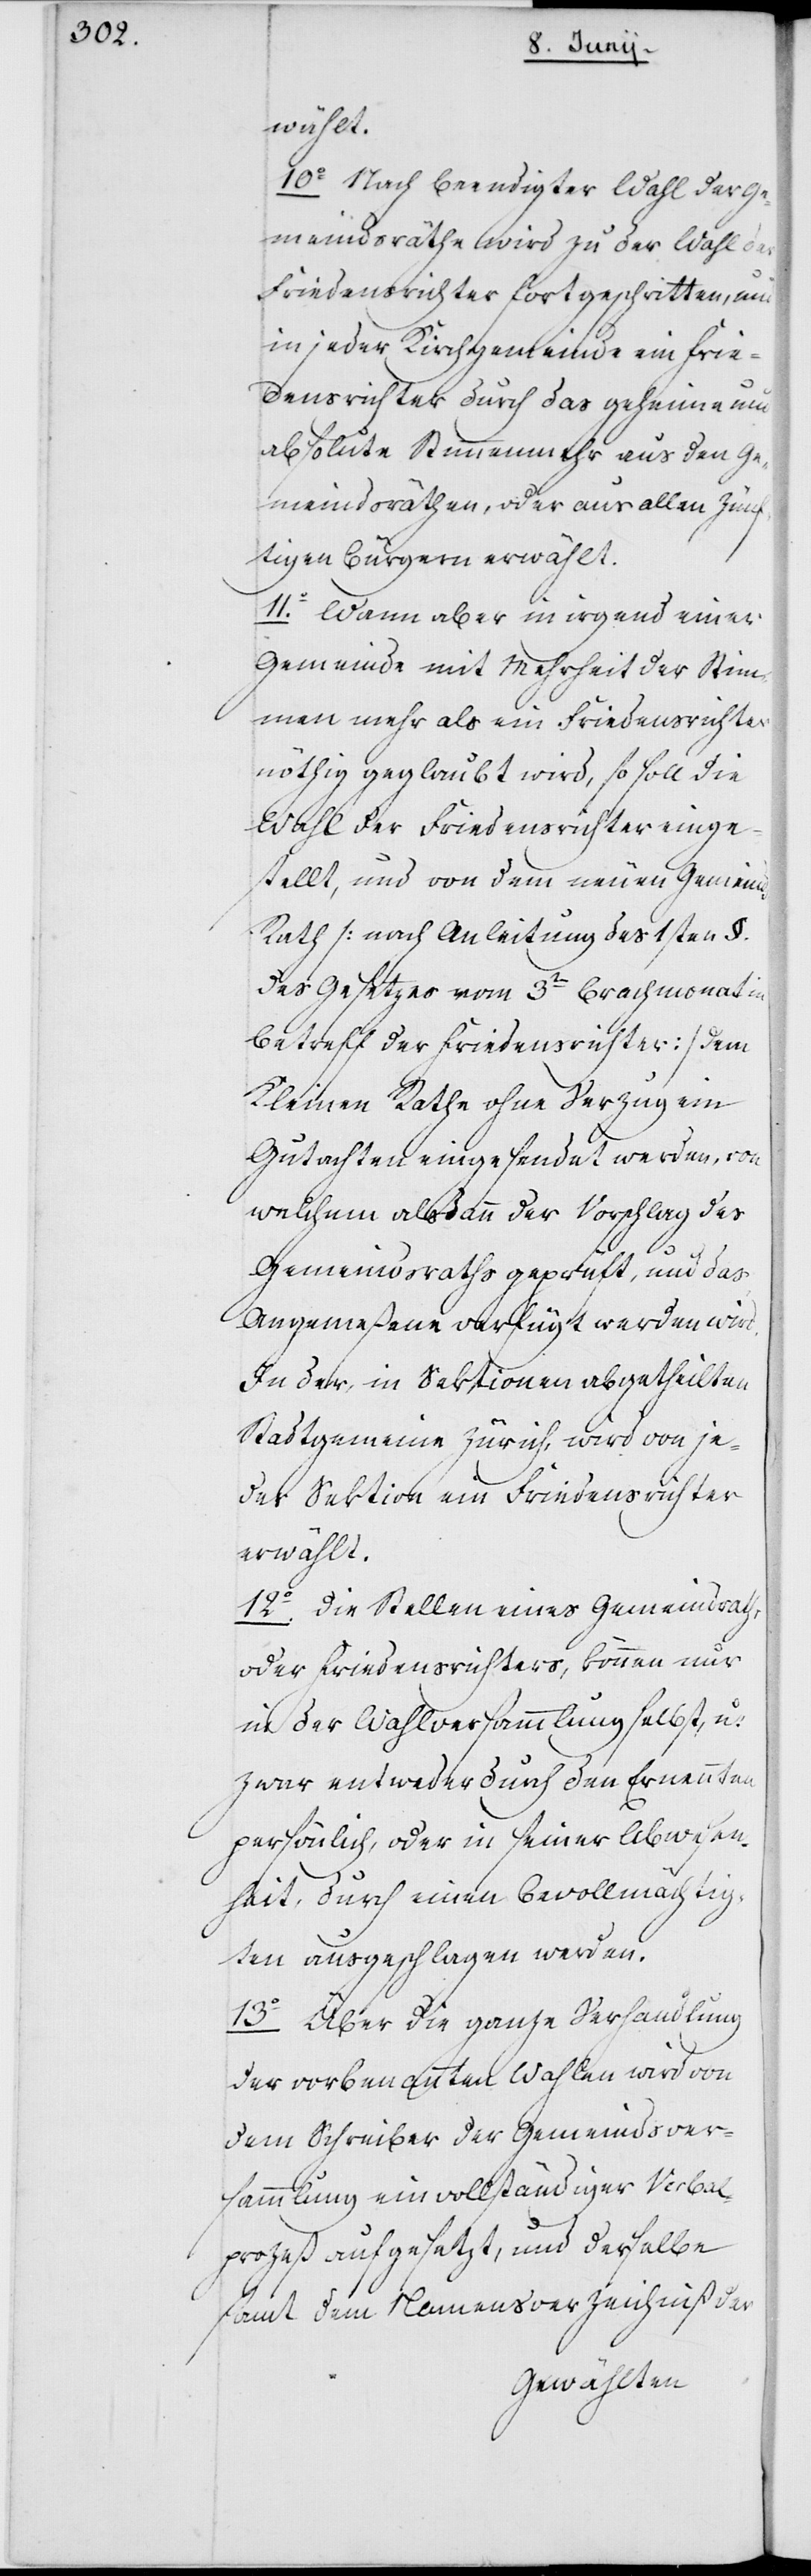
wählt.
10o Nach beendigter Wahl der Ge¬
meindsräthe wird zu der Wahl der
Friedensrichter fortgeschritten, und
in jeder Kirchgemeinde ein Frie¬
densrichter durch das geheime und
absolute Stimmenmehr aus den Ge¬
meindsräthen, oder aus allen Zünf¬
tigen Bürgern erwählt.
11o. Wann aber in irgend einer
Gemeinde mit Mehrheit der Stim¬
men mehr als ein Friedensrichter
nöthig geglaubt wird, so soll die
Wahl der Friedensrichter einge¬
stellt, und von dem neuen Gemeind¬
srath (nach Anleitung des 1sten §.
des Gesetzes vom 3ten Brachmonat in
Betreff der Friedensrichter) dem
Kleinen Rathe ohne Verzug ein
Gutachten eingesendet werden, von
welchem alsdann der Vorschlag des
Gemeindsraths geprüft, und das
Angemeßene verfügt werden wird.
In der, in Sektionen abgetheilten
Stadtgemeine Zürich, wird von je¬
der Sektion ein Friedensrichter
erwählt.
12o. Die Stellen eines Gemeindsraths
oder Friedensrichters können nur
in der Wahlversammlung selbst, u:
zwar entweder durch den Ernannten
persönlich oder in seiner Abwesen¬
heit, durch einen Bevollmächtig¬
ten ausgeschlagen werden.
13o Über die ganze Verhandlung
der vorbenannten Wahlen wird von
dem Schreiber der Gemeindsver¬
sammlung ein vollständiger Verbal¬
prozeß aufgesetzt, und derselbe
samt dem Namensverzeichniß der